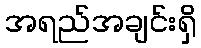
အရည်အချင်းရှိ